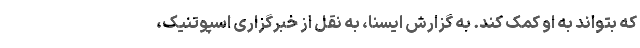
که بتواند به او کمک کند. به گزارش ایسنا، به نقل از خبرگزاری اسپوتنیک،